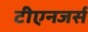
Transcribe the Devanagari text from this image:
टीएनजर्स